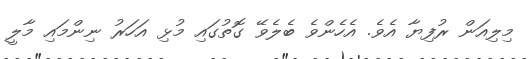
މިލިއަން ރުފިޔާ އެވެ. އެހެންވެ ބެލެވޭ ގޮތުގައި މުޅި އަހަރު ނިންމައި މާލީ